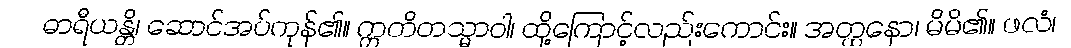
ဓာရီယန္တိ၊ ဆောင်အပ်ကုန်၏။ ဣတိတသ္မာဝါ၊ ထို့ကြောင့်လည်းကောင်း။ အတ္ထနော၊ မိမိ၏။ ဖလံ၊